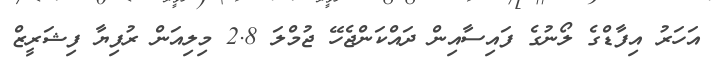
އަހަރު އިފާޑްގެ ލޯނުގެ ފައިސާއިން ދައްކަންޖެހޭ ޖުމްލަ 2.8 މިލިއަން ރުފިޔާ ފިޝަރީޒް